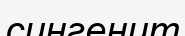
сингенит